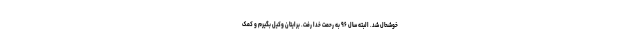
خوشحال شد. البته سال ۹۶ به رحمت خدا رفت. برایتان وکیل بگیرم و کمک